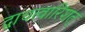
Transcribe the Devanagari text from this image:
द्वाचत्वारिंशत्